Scottish Leaving Certificate Examination, 1959
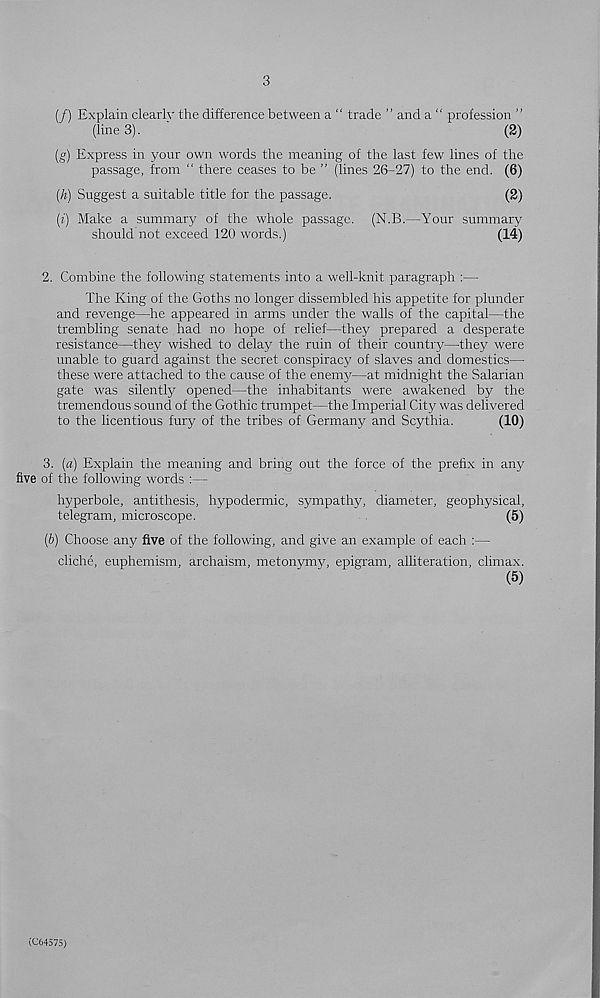
3
(/) Explain clearlv the difference between a “ trade ” and a “ profession ”
(line3).
'
(2)
(g) Express in your own words the meaning of the last few lines of the
passage, from “ there ceases to be ” (lines 26-27) to the end. (6)
(h) Suggest a suitable title for the passage.
(2)
(t) Make a suminarj? of the whole passage. (N.B.—Your summary
should not exceed 120 words.)
(14)
2. Combine the following statements into a well-knit paragraph :—
The King of the Goths no longer dissembled his appetite for plunder
and revenge—he appeared in arms under the walls of the capital—the
trembling senate had no hope of relief—they prepared a desperate
resistance—they wished to delay the ruin of their country—they were
unable to guard against the secret conspiracy of slaves and domestics—
these were attached to the cause of the enemy—at midnight the Salarian
gate was silently opened—the inhabitants were awakened by the
tremendous sound of the Gothic trumpet—the Imperial City was delivered
to the licentious fury of the tribes of Germany and Scythia.
(10)
3. (a) Explain the meaning and bring out the force of the prefix in any
five of the following words :—
hyperbole, antithesis, hypodermic, sympathy, diameter, geophysical,
telegram, microscope.
(5)
(&) Choose any five of the following, and give an example of each :—
cliche, euphemism, archaism, metonymy, epigram, alliteration, climax.
(5)
(C64575)